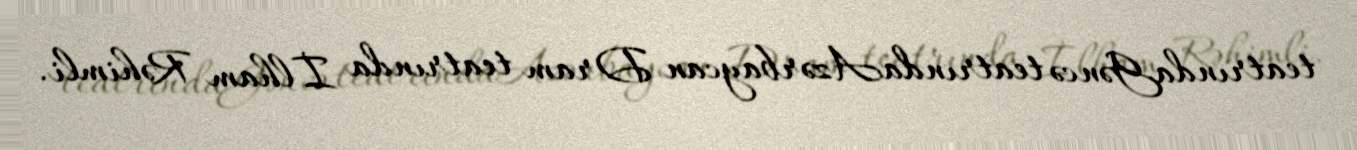
teatrındaGəncə teatrındaAzərbaycan Dram teatrında İlham Rəhimli.